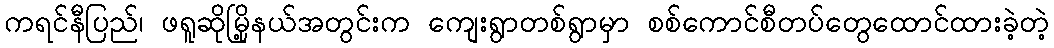
ကရင်နီပြည်၊ ဖရူဆိုမြို့နယ်အတွင်းက ကျေးရွာတစ်ရွာမှာ စစ်ကောင်စီတပ်တွေထောင်ထားခဲ့တဲ့